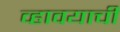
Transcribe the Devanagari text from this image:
व्हावयाची